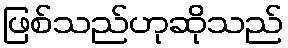
ဖြစ်သည်ဟုဆိုသည်